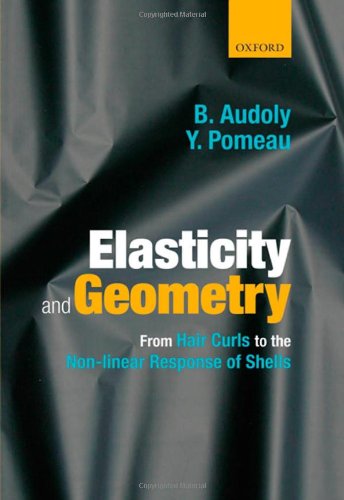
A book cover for Elasticity and Geometry: From hair curls to the nonlinear response of shells; Basile Audoly; Science & Math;